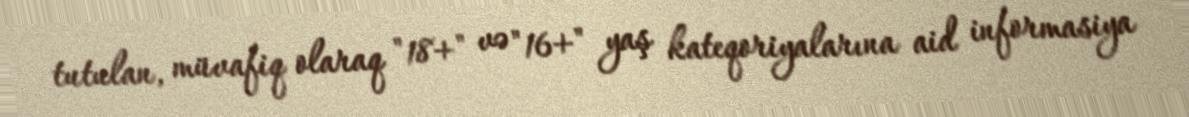
tutulan, müvafiq olaraq "18+" və "16+" yaş kateqoriyalarına aid informasiya